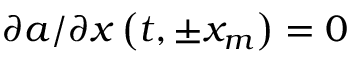
\partial a / \partial x \left( t , \pm x _ { m } \right) = 0